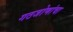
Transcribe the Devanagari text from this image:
गठजोणांचा